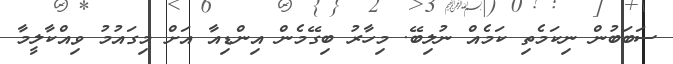
ސަބަބުން ނިކަމެތި ކަމެއް ނުލިބޭ. މިހާރު ބިގޭމެން އިންޑިއާ އަށް މިގައުމު ވިއްކާލީމާ